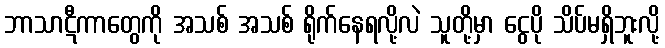
ဘာသာဋီကာတွေကို အသစ် အသစ် ရိုက်နေရလို့လဲ သူတို့မှာ ငွေပို သိပ်မရှိဘူးလို့